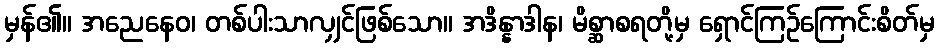
မှန်၏။ အညေနေဝ၊ တစ်ပါးသာလျှင်ဖြစ်သော။ အဒိန္နာဒါန၊ မိစ္ဆာစရတို့မှ ရှောင်ကြဉ်ကြောင်းစိတ်မှ